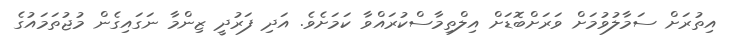
އިތުރަށް ސަމާލުވުމަށް ވަރަށްބޮޑަށް އިލްތިމާސްކުރައްވާ ކަމަށެވެ. އަދި ފަރުދީ ޒިންމާ ނަގައިގެން މުޖުތަމައުގެ